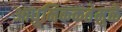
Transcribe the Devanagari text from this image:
आधुनिककतेमुळे